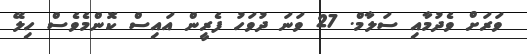
ވަރަށް ވެދުމާއި ސަލާމް. 27 ވަނަ ދުވަހު ފެރީން އައިސް ކޮންމެވެސް ހިލޭ